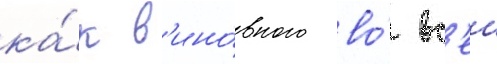
ка́к в'ино́вного во́ вс'еи